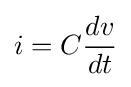
i=C{dv \over dt}